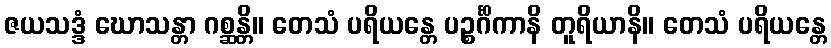
ဇယသဒ္ဒံ ဃောသန္တာ ဂစ္ဆန္တိ။ တေသံ ပရိယန္တေ ပဉ္စင်္ဂိကာနိ တူရိယာနိ။ တေသံ ပရိယန္တေ